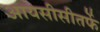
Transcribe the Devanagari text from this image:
आयसीसीतर्फे